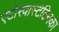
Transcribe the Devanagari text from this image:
एटोरवास्टेटिनका